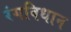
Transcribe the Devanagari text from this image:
रंगविधान